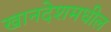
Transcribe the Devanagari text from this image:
खानदेशमधील